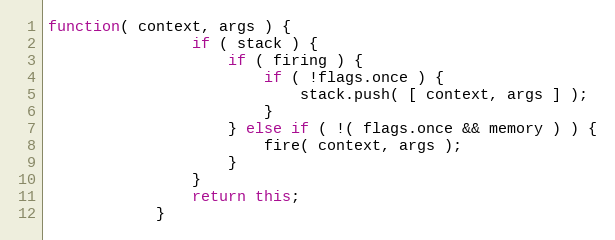
Language: JavaScript
function( context, args ) {
				if ( stack ) {
					if ( firing ) {
						if ( !flags.once ) {
							stack.push( [ context, args ] );
						}
					} else if ( !( flags.once && memory ) ) {
						fire( context, args );
					}
				}
				return this;
			}